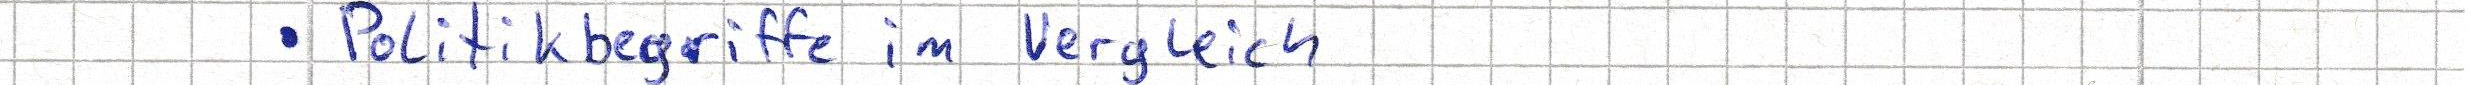
Politikbegriffe im Vergleich